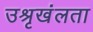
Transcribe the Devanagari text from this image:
उश्रृखंलता